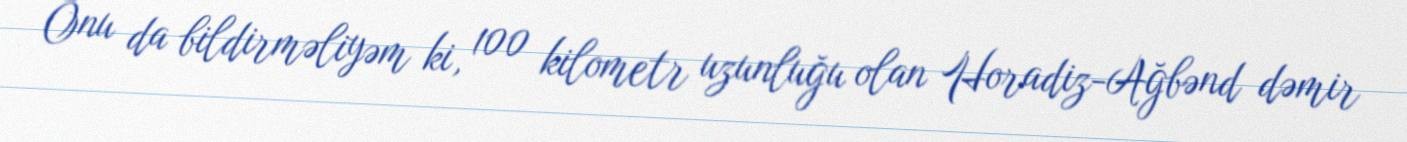
Onu da bildirməliyəm ki, 100 kilometr uzunluğu olan Horadiz-Ağbənd dəmir